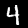
Label: 4